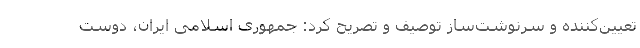
تعیین‌کننده و سرنوشت‌ساز توصیف و تصریح کرد: جمهوری اسلامی ایران، دوست